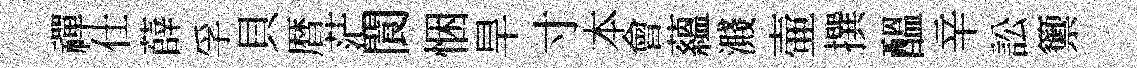
禪仕薛孚貝暦茫閬悃旱寸本會藴濺壷撰醖辛訟籞